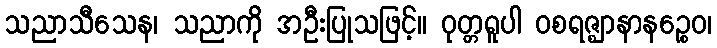
သညာသီသေန၊ သညာကို အဦးပြုသဖြင့်။ ဝုတ္တရူပါ ဝစရဇ္ဈာနာနဉ္စေဝ၊